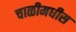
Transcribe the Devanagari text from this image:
चाळीमधीस